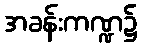
အခန်းကဏ္ဍ၌